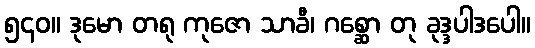
၅၄၀။ ဒုမော တရု ကုဇော သာခီ၊ ဂစ္ဆော တု ခုဒ္ဒပါဒပေါ။